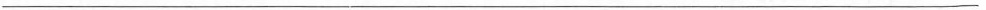
___